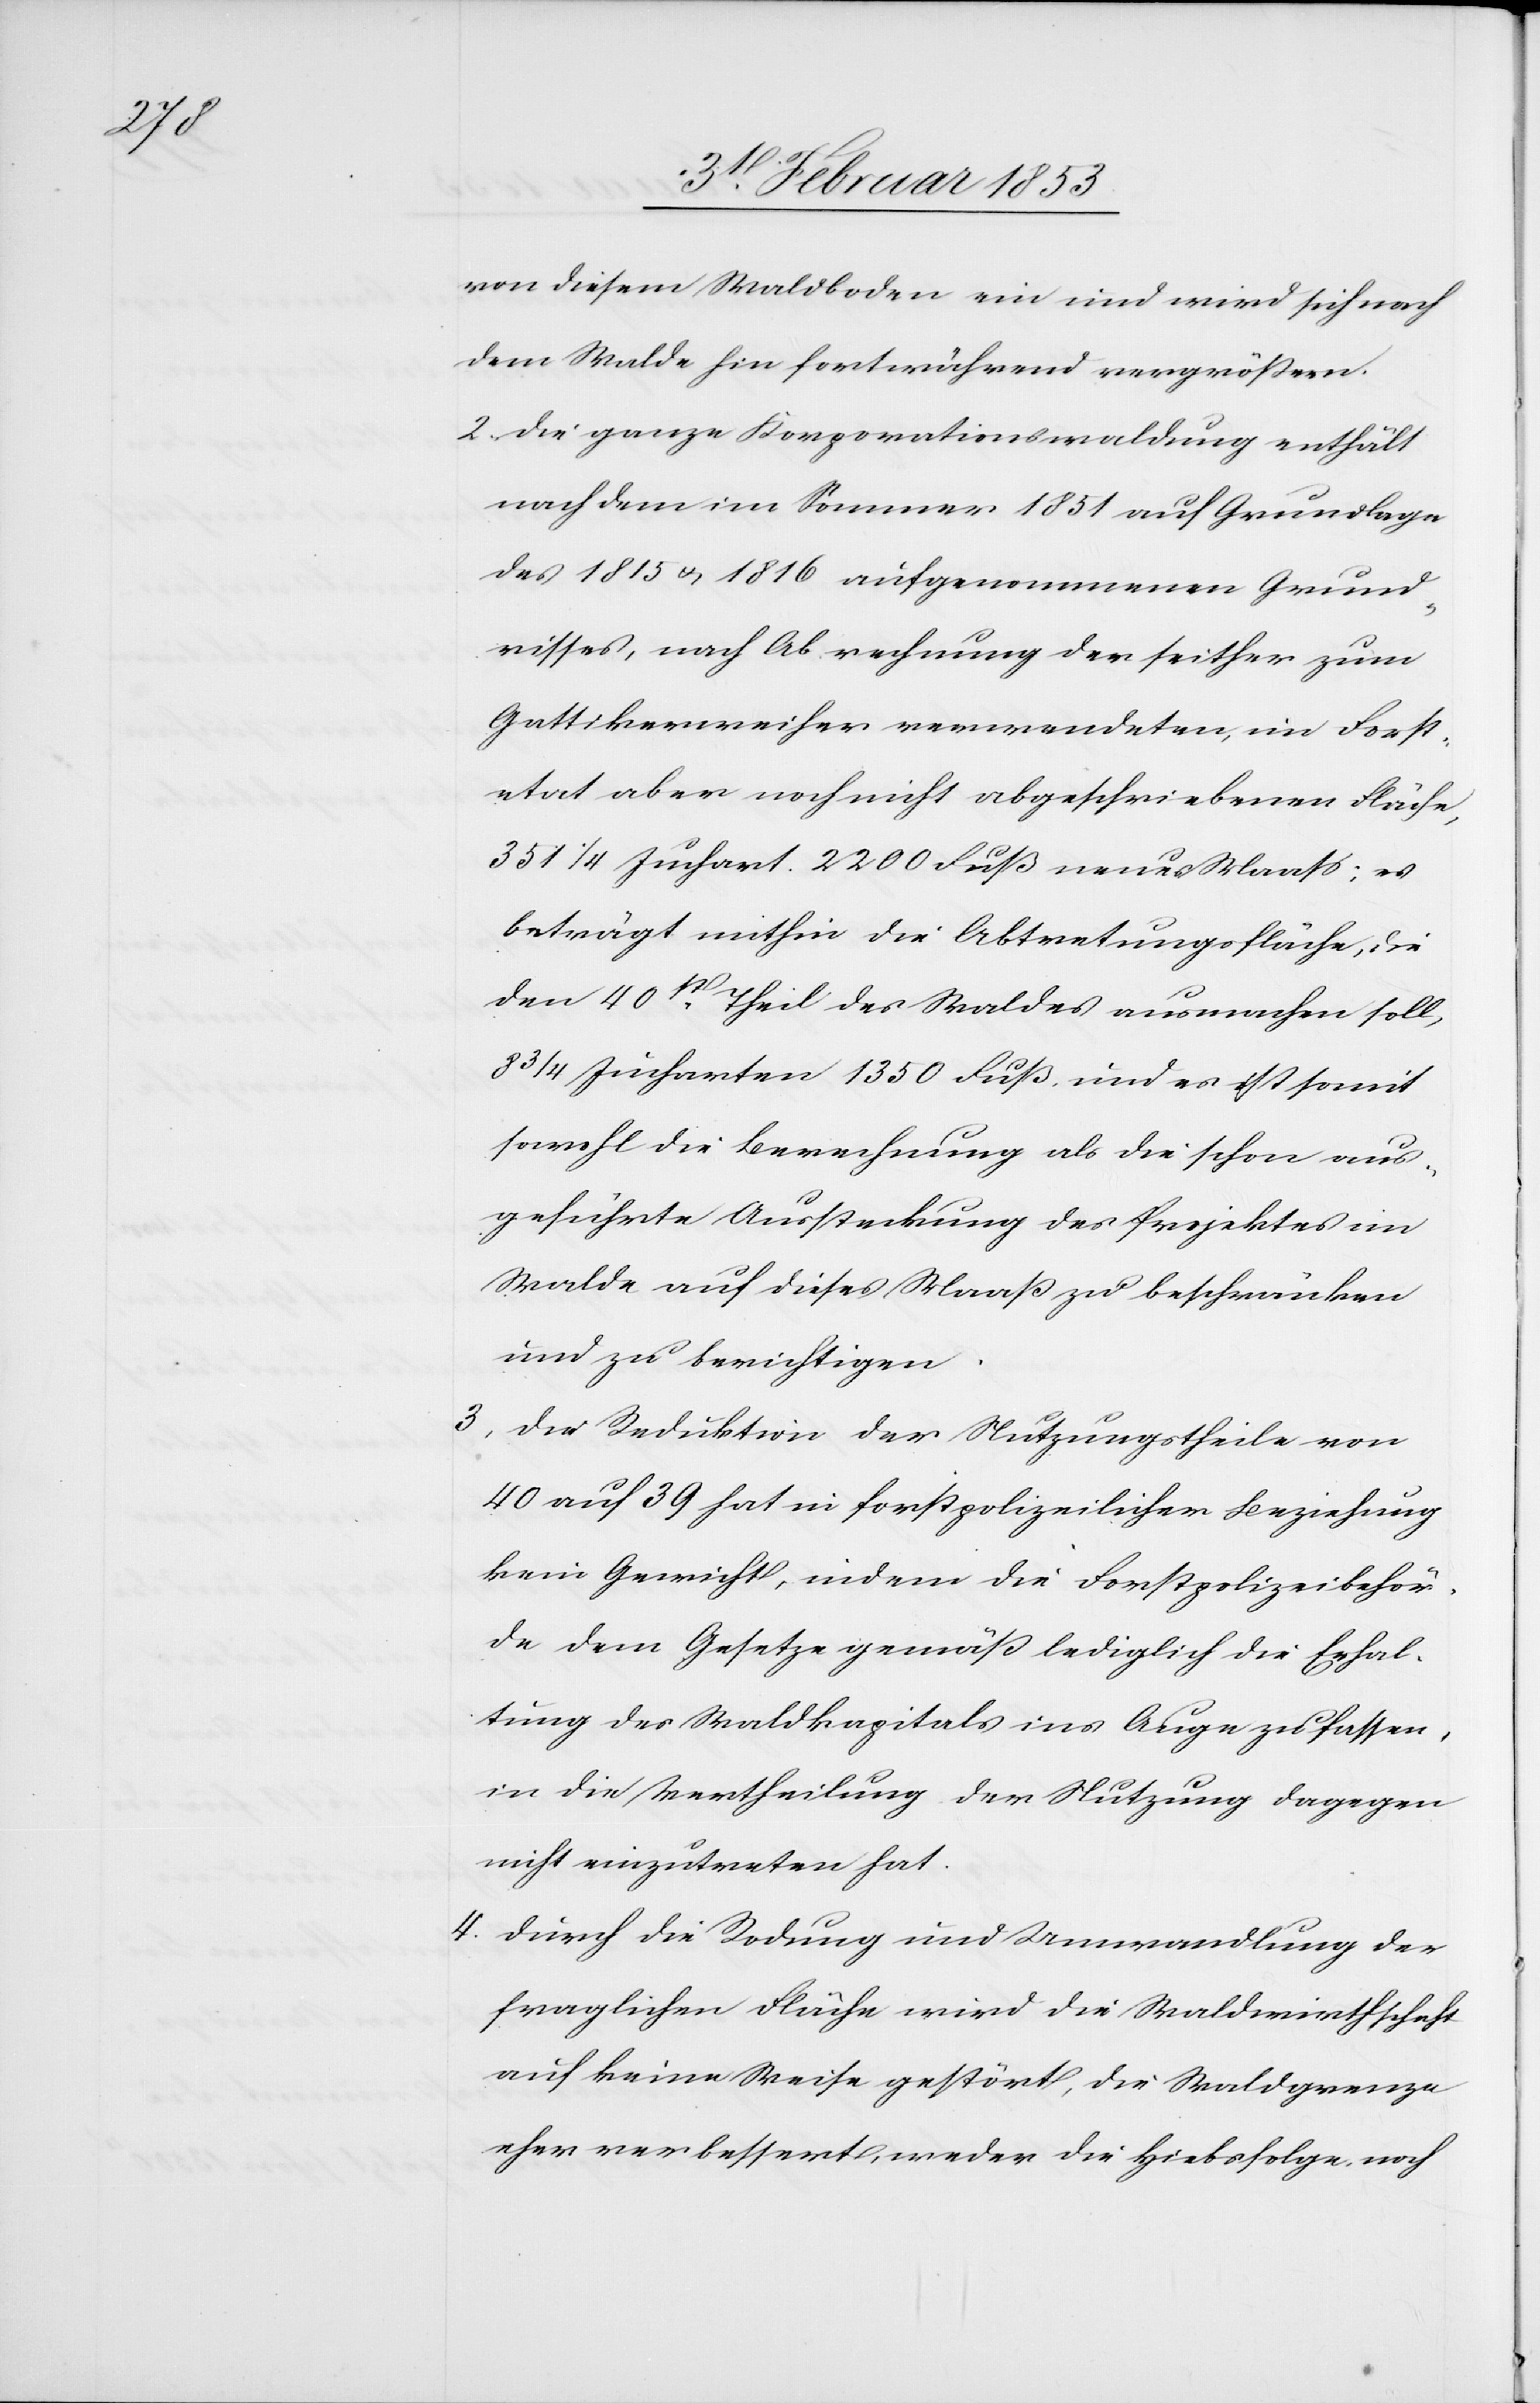
von diesem Waldboden ein und wird sich noch
dem Walde hin fortwährend vergrößern.
2, Die ganze Korporationswaldung enthält
nach dem im Sommer 1851 auf Grundlage
des 1815 u. 1816 aufgenommenen Grund¬
risses, nach Abrechnung der seither zum
Gattikerweiher verwendeten, im Forst¬
etat aber noch nicht abgeschriebenen Fläche,
351 1/4 Juchart 2200 Fuß neues Maaß: es
beträgt mithin die Abtretungsfläche, die
den 40t. Theil des Waldes ausmachen soll,
8 3/4 Jucharten 1350 Fuß und es ist somit
sowohl die Berechnung als die schon aus¬
geführte Aussteckung des Projektes im
Walde auf dieses Maaß zu beschränken
und zu berichtigen.
3, Der Reduktion der Nutzungstheile von
40 auf 39 hat in forstpolizeilicher Beziehung
kein Gewicht, indem die Forstpolizeibehör¬
de dem Gesetze gemäß lediglich die Erhal¬
tung des Waldkapitals ins Auge zu fassen,
in die Vertheilung der Nutzung dagegen
nicht einzutreten hat.
4, Durch die Rodung und Umwandlung der
fraglichen Fläche wird die Waldwirthschaft
auf keine Weise gestört, die Waldgrenze
eher verbessert, weder die Hiebsfolge noch